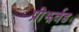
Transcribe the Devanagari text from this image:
प्रीझर्वड